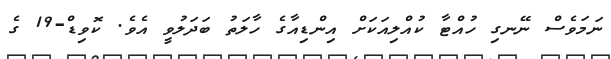
ނަމަވެސް ނޭނގި ހުއްޓާ ކުއްލިއަކަށް އިންޑިއާގެ ހާލަތު ބަދަލުވީ އެވެ. ކޮވިޑް-19 ގެ